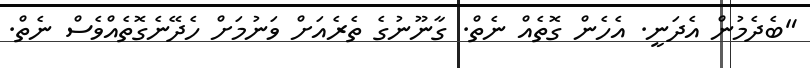
"ބެދެމުން އެދަނީ. އެހެން ގޮތެއް ނެތް. ގާނޫނުގެ ތެރެއަށް ވަނުމަށް ހެދޭނެގޮތެއްވެސް ނެތް.